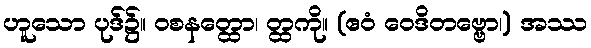
ဟူသော ပုဒ်၌။ ဝစနတ္ထော၊ တ္ထကို။ (ဧဝံ ဝေဒိတဗ္ဗော၊) အဿ